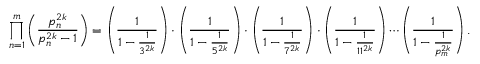
\prod _ { n = 1 } ^ { m } \left( \frac { p _ { n } ^ { 2 k } } { p _ { n } ^ { 2 k } - 1 } \right) = \left( \frac { 1 } { 1 - \frac { 1 } { 3 ^ { 2 k } } } \right) \cdot \left( \frac { 1 } { 1 - \frac { 1 } { 5 ^ { 2 k } } } \right) \cdot \left( \frac { 1 } { 1 - \frac { 1 } { 7 ^ { 2 k } } } \right) \cdot \left( \frac { 1 } { 1 - \frac { 1 } { 1 1 ^ { 2 k } } } \right) \cdots \left( \frac { 1 } { 1 - \frac { 1 } { p _ { m } ^ { 2 k } } } \right) .